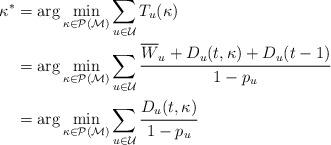
LaTeX: \begin{align*}\kappa^* &= \arg \min_{\kappa \in \mathcal{P}(\mathcal{M})} \sum_{u \in \mathcal{U}} T_u(\kappa) \\&= \arg \min_{\kappa \in \mathcal{P}(\mathcal{M})} \sum_{u \in \mathcal{U}} \cfrac{\overline{W}_u + D_u(t,\kappa) + D_u(t-1)}{1-p_u} \\&= \arg \min_{\kappa \in \mathcal{P}(\mathcal{M})} \sum_{u \in \mathcal{U}} \cfrac{D_u(t,\kappa)}{1-p_u}\end{align*}